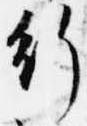
行